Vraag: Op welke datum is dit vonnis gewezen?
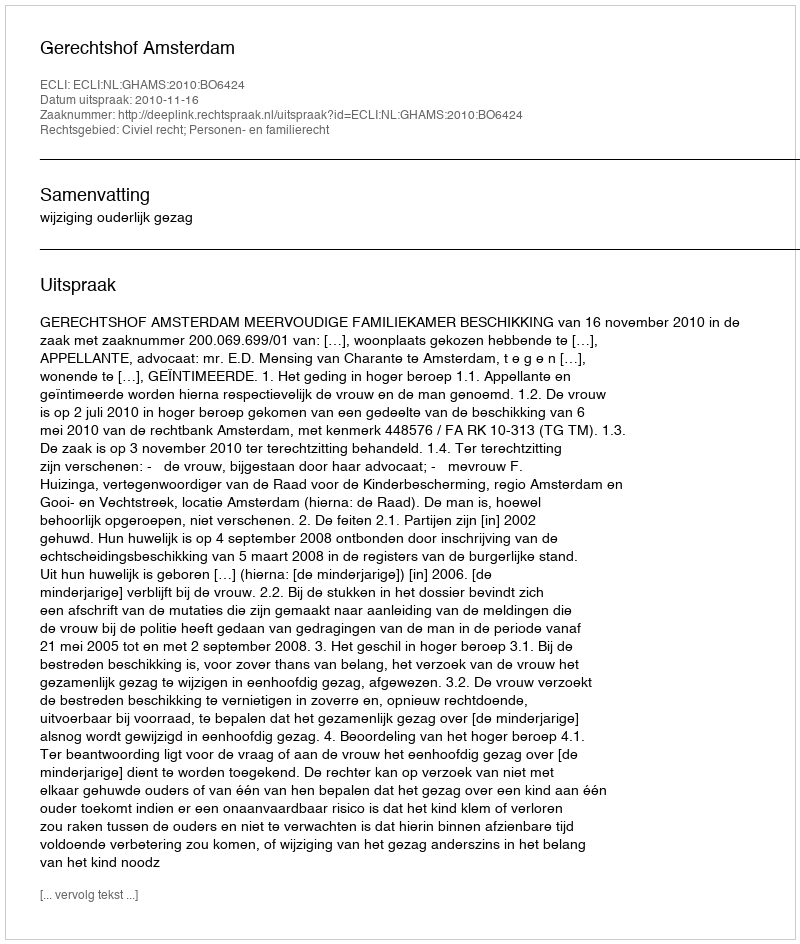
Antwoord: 2010-11-16